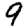
Digit: 9